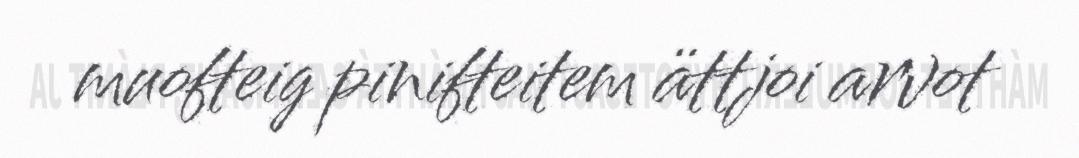
muofteig pinifteitem ättjoi arvot